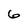
Character: 6